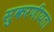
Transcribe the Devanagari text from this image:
सुकरणीयता